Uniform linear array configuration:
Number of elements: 48
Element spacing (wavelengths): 0.5
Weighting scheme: kaiser
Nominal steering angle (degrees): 15
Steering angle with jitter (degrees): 16.733
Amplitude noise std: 0.05
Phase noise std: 0.05

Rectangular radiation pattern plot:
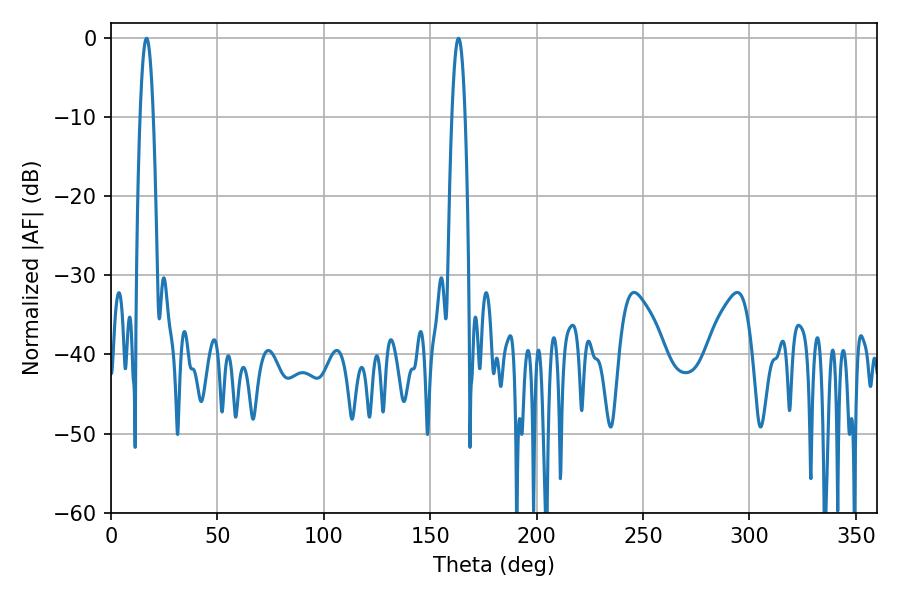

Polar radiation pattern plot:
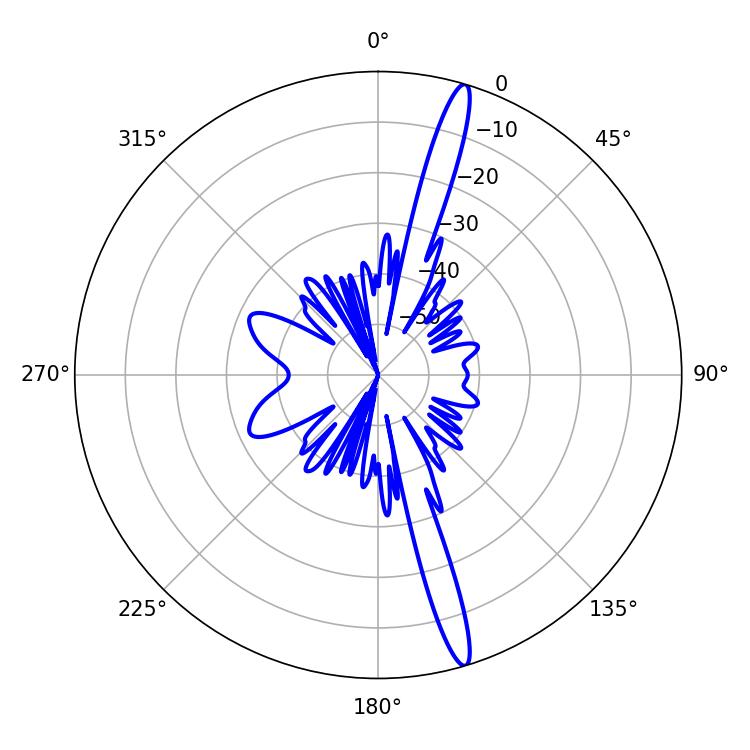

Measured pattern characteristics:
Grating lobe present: FALSE
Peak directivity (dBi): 17.306
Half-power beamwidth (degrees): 3.24
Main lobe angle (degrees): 16.74